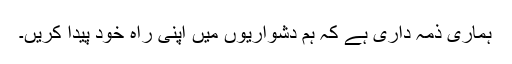
ہماری ذمہ داری ہے کہ ہم دشواریوں میں اپنی راہ خود پیدا کریں۔